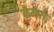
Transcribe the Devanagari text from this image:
ब्रैजस